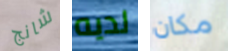
شانج لديه مكان